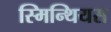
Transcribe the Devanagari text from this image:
स्मिन्थियस